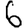
Digit: 6